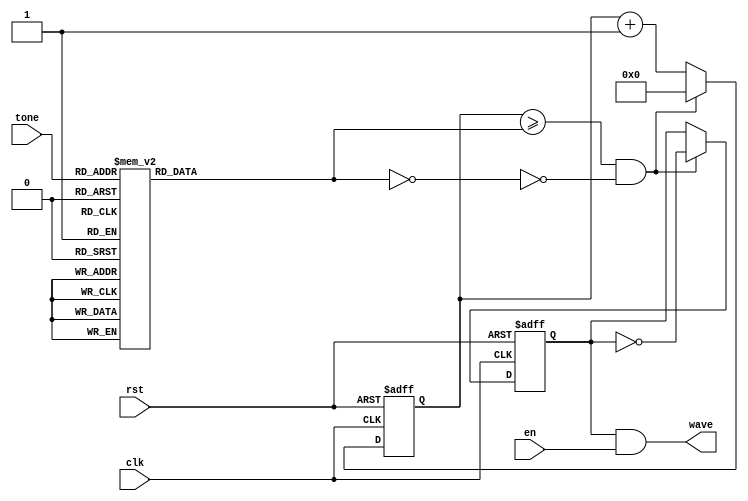
module WaveGenerator  #(
			parameter FREQ = 24000000
		) (clk,
			rst,
			en,
			tone,
			wave
		);
	input clk;
	input rst;
	input en;
	input	[6:0] tone;
	output wave;
	reg level;
	reg [31:0] count;
	reg [31:0] delay;
	wire wave;
	
	always @(posedge clk or posedge rst) begin
		if (rst) begin
			count <= 32'b0;
		end
		else 
			if((count >= delay) && (!(delay == 32'b0))) begin
				count <= 32'b0;
			end
			else
				count <= count + 1;
	end
	
	always @(posedge clk or posedge rst) begin
		if (rst) begin
			level <= 1'b0;
		end
		else	
			if ((count >= delay) && (!(delay == 32'b0))) begin
				level <= !level;
			end
	end
	
	always @(tone) begin
		case (tone)
			'd01: delay = 'd436364;
			'd02: delay = 'd411876;
			'd03: delay = 'd388752;
			'd04: delay = 'd366939;
			'd05: delay = 'd346340;
			'd06: delay = 'd326904;
			'd07: delay = 'd308555;
			'd08: delay = 'd291241;
			'd09: delay = 'd274889;
			'd10: delay = 'd259465;
			'd11: delay = 'd244903;
			'd12: delay = 'd231156;
			'd13: delay = 'd218182;
			'd14: delay = 'd205938;
			'd15: delay = 'd194379;
			'd16: delay = 'd183469;
			'd17: delay = 'd173170;
			'd18: delay = 'd163452;
			'd19: delay = 'd154277;
			'd20: delay = 'd145619;
			'd21: delay = 'd137446;
			'd22: delay = 'd129731;
			'd23: delay = 'd122450;
			'd24: delay = 'd115578;
			'd25: delay = 'd109091;
			'd26: delay = 'd102968;
			'd27: delay = 'd97189;
			'd28: delay = 'd91734;
			'd29: delay = 'd86586;
			'd30: delay = 'd81726;
			'd31: delay = 'd77139;
			'd32: delay = 'd72809;
			'd33: delay = 'd68723;
			'd34: delay = 'd64866;
			'd35: delay = 'd61225;
			'd36: delay = 'd57789;
			'd37: delay = 'd54545;
			'd38: delay = 'd51484;
			'd39: delay = 'd48594;
			'd40: delay = 'd45867;
			'd41: delay = 'd43293;
			'd42: delay = 'd40863;
			'd43: delay = 'd38569;
			'd44: delay = 'd36405;
			'd45: delay = 'd34362;
			'd46: delay = 'd32433;
			'd47: delay = 'd30613;
			'd48: delay = 'd28894;
			'd49: delay = 'd27273;
			'd50: delay = 'd25742;
			'd51: delay = 'd24297;
			'd52: delay = 'd22934;
			'd53: delay = 'd21646;
			'd54: delay = 'd20431;
			'd55: delay = 'd19285;
			'd56: delay = 'd18202;
			'd57: delay = 'd17181;
			'd58: delay = 'd16216;
			'd59: delay = 'd15306;
			'd60: delay = 'd14447;
			'd61: delay = 'd13636;
			'd62: delay = 'd12871;
			'd63: delay = 'd12149;
			'd64: delay = 'd11467;
			'd65: delay = 'd10823;
			'd66: delay = 'd10216;
			'd67: delay = 'd9641;
			'd68: delay = 'd9101;
			'd69: delay = 'd8590;
			'd70: delay = 'd8108;
			'd71: delay = 'd7653;
			'd72: delay = 'd7224;
			'd73: delay = 'd6818;
			'd74: delay = 'd6436;
			'd75: delay = 'd6074;
			'd76: delay = 'd5733;
			'd77: delay = 'd5412;
			'd78: delay = 'd5108;
			'd79: delay = 'd4821;
			'd80: delay = 'd4551;
			'd81: delay = 'd4295;
			'd82: delay = 'd4054;
			'd83: delay = 'd3827;
			'd84: delay = 'd3612;
			'd85: delay = 'd3409;
			'd86: delay = 'd3218;
			'd87: delay = 'd3037;
			'd88: delay = 'd2867;
			default: delay = 'd0;
		endcase
	end
	
	assign wave = level & en;
	
endmodule